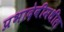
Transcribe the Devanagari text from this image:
प्रभादेवीमधील